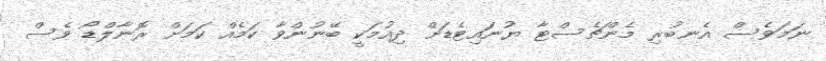
ނަމަވެސް އެނބުރި މެންޗެސްޓާ ޔުނައިޓެޑަށް ދިއުމަކީ ބޭނުންވާ ކަމެއް ކަމަށް ރޮނާލްޑޯ ވެސް